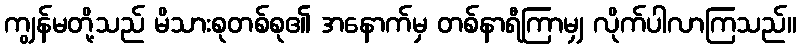
ကျွန်မတို့သည် မိသားစုတစ်စု၏ အနောက်မှ တစ်နာရီကြာမျှ လိုက်ပါလာကြသည်။